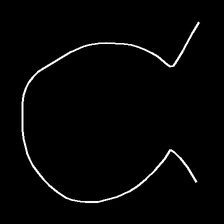
Glyph: weave